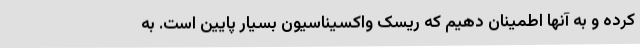
کرده و به آنها اطمینان دهیم که ریسک واکسیناسیون بسیار پایین است. به